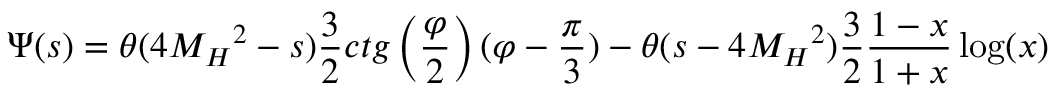
\Psi ( s ) = \theta ( 4 { M _ { H } } ^ { 2 } - s ) \frac { 3 } { 2 } c t g \left( \frac { \varphi } { 2 } \right) ( \varphi - \frac { \pi } { 3 } ) - \theta ( s - 4 { M _ { H } } ^ { 2 } ) \frac { 3 } { 2 } \frac { 1 - x } { 1 + x } \log ( x )